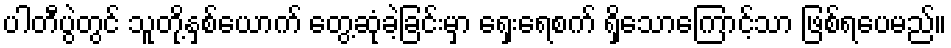
ပါတီပွဲတွင် သူတို့နှစ်ယောက် တွေ့ဆုံခဲ့ခြင်းမှာ ရှေးရေစက် ရှိသောကြောင့်သာ ဖြစ်ရပေမည်။